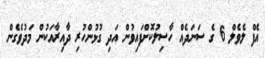
އެފް ލެވެލް 6 ގެ ސަނަދެއް ހާސިލުކޮށްފައިވުން އަދި ގުޅުންހުރި ދާއިރާއަކުން މަދުވެގެން